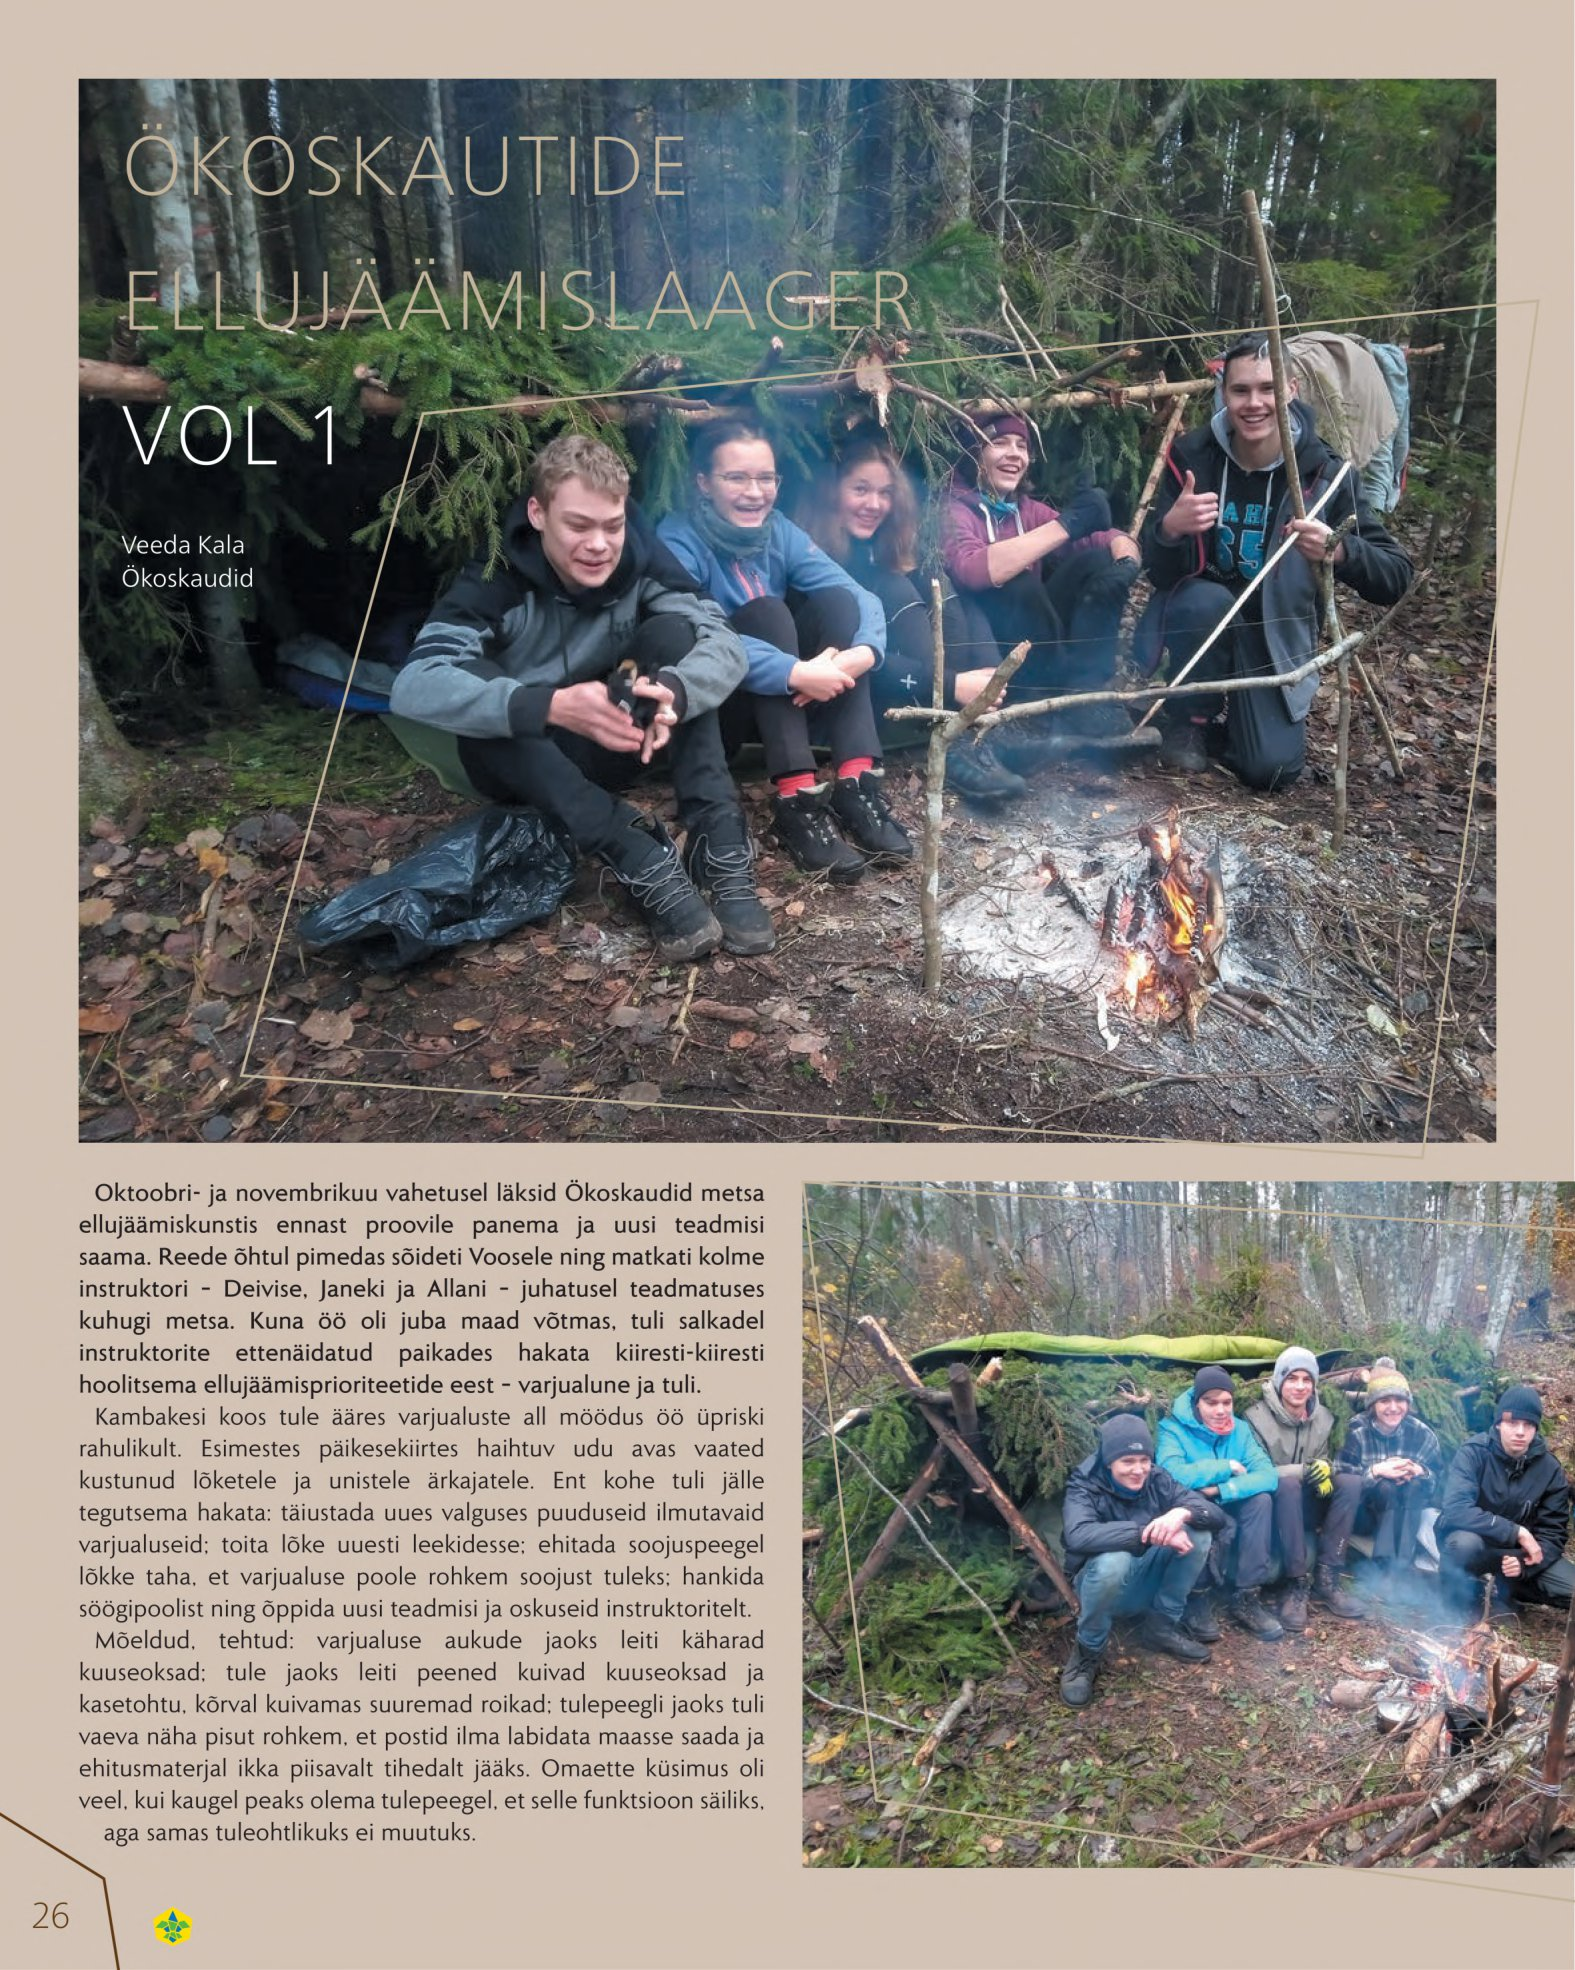
Language: et